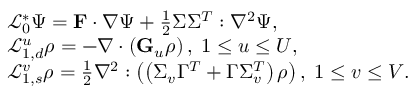
\begin{array} { r l } & { \mathcal { L } _ { 0 } ^ { \ast } \Psi = \mathbf { F } \cdot \nabla \Psi + \frac { 1 } { 2 } \Sigma \Sigma ^ { T } : \nabla ^ { 2 } \Psi , } \\ & { \mathcal { L } _ { 1 , d } ^ { u } \rho = - \nabla \cdot \left( \mathbf { G } _ { u } \rho \right) , \; 1 \leq u \leq U , } \\ & { \mathcal { L } _ { 1 , s } ^ { v } \rho = \frac { 1 } { 2 } \nabla ^ { 2 } : \left( \left( \Sigma _ { v } \Gamma ^ { T } + \Gamma \Sigma _ { v } ^ { T } \right) \rho \right) , \; 1 \leq v \leq V . } \end{array}